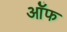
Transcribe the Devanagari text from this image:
र्ऑफ